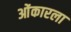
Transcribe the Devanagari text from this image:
ओंकारला